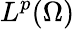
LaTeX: L^{p}(\Omega)